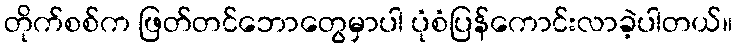
တိုက်စစ်က ဖြတ်တင်ဘောတွေမှာပါ ပုံစံပြန်ကောင်းလာခဲ့ပါတယ်။